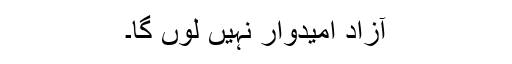
آزاد امیدوار نہیں لوں گا۔